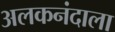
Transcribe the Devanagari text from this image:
अलकनंदाला